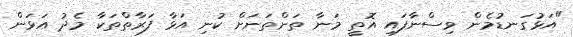
"އަޅުގަނޑުމެން ވިސްނާފައި އޮތީ މަނާ ތަންތަނަށް ކުނި އަޅާ ފަރާތްތަކާ މެދު އަޅަން